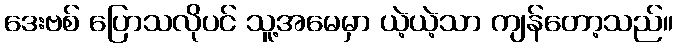
ဒေးဗစ် ပြောသလိုပင် သူ့အမေမှာ ယဲ့ယဲ့သာ ကျန်တော့သည်။